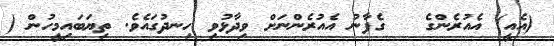
(އެއީ) އެއުރެންގެ   ގެފާނު އެއުރެންނަށް ވިދާޅުވި ހިނދުގައެވެ. ތިޔަބައިމީހުން (